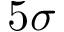
5 \sigma